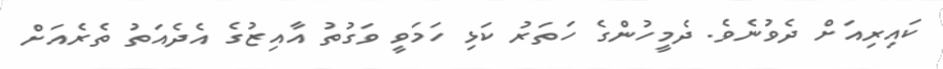
ކައިރިއަށް ދެވުނެވެ. ދެމީހުންގެ ހަތަރު ކަޅި ހަމަވީ ވަގުތު އާއިޒުގެ އެދެއަތު ތެރެއަށް